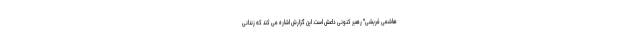
هاشمی قریشی" رهبر کنونی داعش است. این گزارش اشاره می کند که زندانی